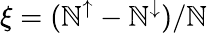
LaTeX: \xi=(\mathbb{N}^{\uparrow}-\mathbb{N}^{\downarrow})/\mathbb{N}